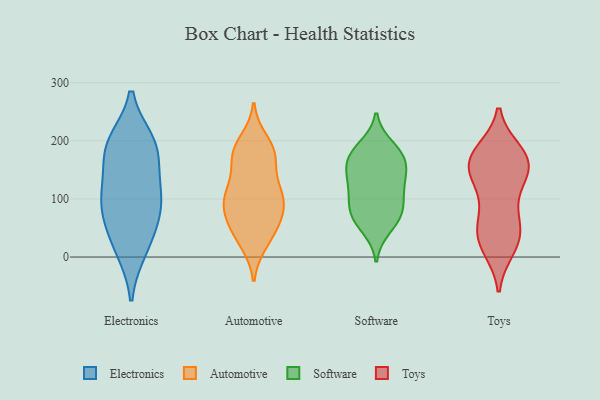
{"axis": {"x": "Satisfaction Score", "y": "Value"}, "legend": ["Automotive", "Electronics", "Software", "Toys"], "data": [{"x": "", "y": 192, "type": "Electronics"}, {"x": "", "y": 111, "type": "Electronics"}, {"x": "", "y": 13, "type": "Electronics"}, {"x": "", "y": 175, "type": "Electronics"}, {"x": "", "y": 76, "type": "Electronics"}, {"x": "", "y": 24, "type": "Electronics"}, {"x": "", "y": 190, "type": "Electronics"}, {"x": "", "y": 197, "type": "Electronics"}, {"x": "", "y": 98, "type": "Electronics"}, {"x": "", "y": 68, "type": "Electronics"}, {"x": "", "y": 119, "type": "Electronics"}, {"x": "", "y": 105, "type": "Automotive"}, {"x": "", "y": 98, "type": "Automotive"}, {"x": "", "y": 174, "type": "Automotive"}, {"x": "", "y": 46, "type": "Automotive"}, {"x": "", "y": 184, "type": "Automotive"}, {"x": "", "y": 55, "type": "Automotive"}, {"x": "", "y": 26, "type": "Automotive"}, {"x": "", "y": 176, "type": "Automotive"}, {"x": "", "y": 24, "type": "Automotive"}, {"x": "", "y": 133, "type": "Automotive"}, {"x": "", "y": 95, "type": "Automotive"}, {"x": "", "y": 62, "type": "Automotive"}, {"x": "", "y": 121, "type": "Automotive"}, {"x": "", "y": 174, "type": "Automotive"}, {"x": "", "y": 179, "type": "Automotive"}, {"x": "", "y": 200, "type": "Automotive"}, {"x": "", "y": 109, "type": "Automotive"}, {"x": "", "y": 67, "type": "Automotive"}, {"x": "", "y": 80, "type": "Automotive"}, {"x": "", "y": 99, "type": "Automotive"}, {"x": "", "y": 170, "type": "Software"}, {"x": "", "y": 125, "type": "Software"}, {"x": "", "y": 112, "type": "Software"}, {"x": "", "y": 189, "type": "Software"}, {"x": "", "y": 68, "type": "Software"}, {"x": "", "y": 146, "type": "Software"}, {"x": "", "y": 70, "type": "Software"}, {"x": "", "y": 154, "type": "Software"}, {"x": "", "y": 83, "type": "Software"}, {"x": "", "y": 173, "type": "Software"}, {"x": "", "y": 177, "type": "Software"}, {"x": "", "y": 85, "type": "Software"}, {"x": "", "y": 50, "type": "Software"}, {"x": "", "y": 124, "type": "Software"}, {"x": "", "y": 71, "type": "Toys"}, {"x": "", "y": 66, "type": "Toys"}, {"x": "", "y": 15, "type": "Toys"}, {"x": "", "y": 139, "type": "Toys"}, {"x": "", "y": 169, "type": "Toys"}, {"x": "", "y": 167, "type": "Toys"}, {"x": "", "y": 26, "type": "Toys"}, {"x": "", "y": 177, "type": "Toys"}, {"x": "", "y": 113, "type": "Toys"}, {"x": "", "y": 44, "type": "Toys"}, {"x": "", "y": 44, "type": "Toys"}, {"x": "", "y": 181, "type": "Toys"}, {"x": "", "y": 138, "type": "Toys"}, {"x": "", "y": 157, "type": "Toys"}, {"x": "", "y": 172, "type": "Toys"}, {"x": "", "y": 21, "type": "Toys"}, {"x": "", "y": 146, "type": "Toys"}]}